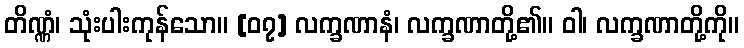
တိဏ္ဏံ၊ သုံးပါးကုန်သော။ [၀၇] လက္ခဏာနံ၊ လက္ခဏာတို့၏။ ဝါ၊ လက္ခဏာတို့ကို။